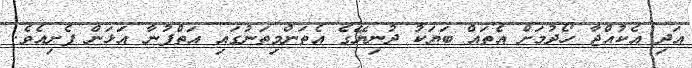
އަދި އެކުއްޖާ ހޯދުމަށް އެތައް ބަޔަކު ދުނިޔޭގެ އެތަންމިތަނުގައި އަތްފުނާ އަޅަން ފެށިއެވެ.